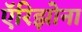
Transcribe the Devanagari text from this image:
ऍरिझोना